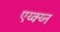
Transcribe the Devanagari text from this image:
एय्क्य्न